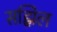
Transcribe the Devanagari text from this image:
सह्मिल